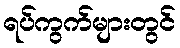
ရပ်ကွက်များတွင်